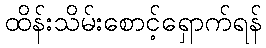
ထိန်းသိမ်းစောင့်ရှောက်ရန်